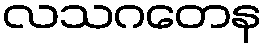
လသဂတေန